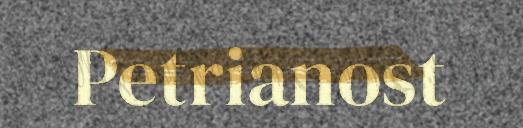
Petrianost